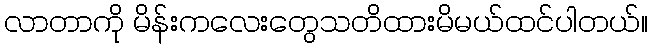
လာတာကို မိန်းကလေးတွေသတိထားမိမယ်ထင်ပါတယ်။